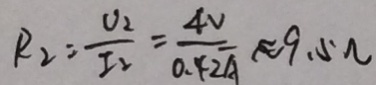
R _ { 2 } = \frac { U _ { 2 } } { I _ { 2 } } = \frac { 4 V } { 0 . 4 2 A } \approx 9 . 5 \Omega